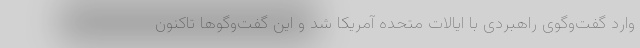
وارد گفت‌وگوی راهبردی با ایالات متحده آمریکا شد و این گفت‌وگوها تاکنون